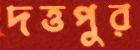
দত্তপুর